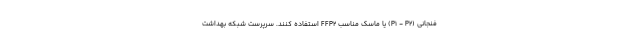
فنجانی (P۱ - P۲) یا ماسک مناسب FFP۲ استفاده کنند. سرپرست شبکه بهداشت